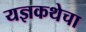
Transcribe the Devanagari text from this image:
यज्ञकथेचा